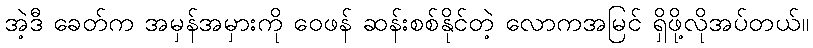
အဲ့ဒီ ခေတ်က အမှန်အမှားကို ဝေဖန် ဆန်းစစ်နိုင်တဲ့ လောကအမြင် ရှိဖို့လိုအပ်တယ်။